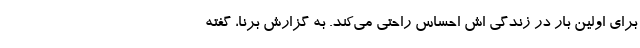
برای اولین بار در زندگی اش احساس راحتی می‌کند. به گزارش برنا، گفته